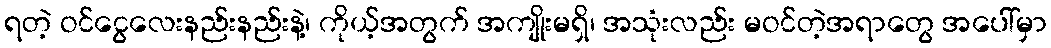
ရတဲ့ ဝင်ငွေလေးနည်းနည်းနဲ့၊ ကိုယ့်အတွက် အကျိုးမရှိ၊ အသုံးလည်း မဝင်တဲ့အရာတွေ အပေါ်မှာ